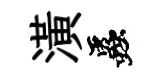
潢蟲